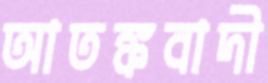
আতঙ্কবাদী